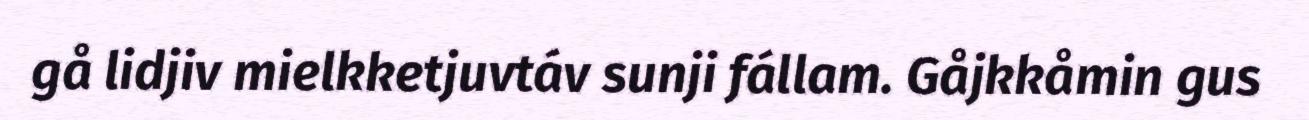
gå lidjiv mielkketjuvtáv sunji fállam. Gåjkkåmin gus